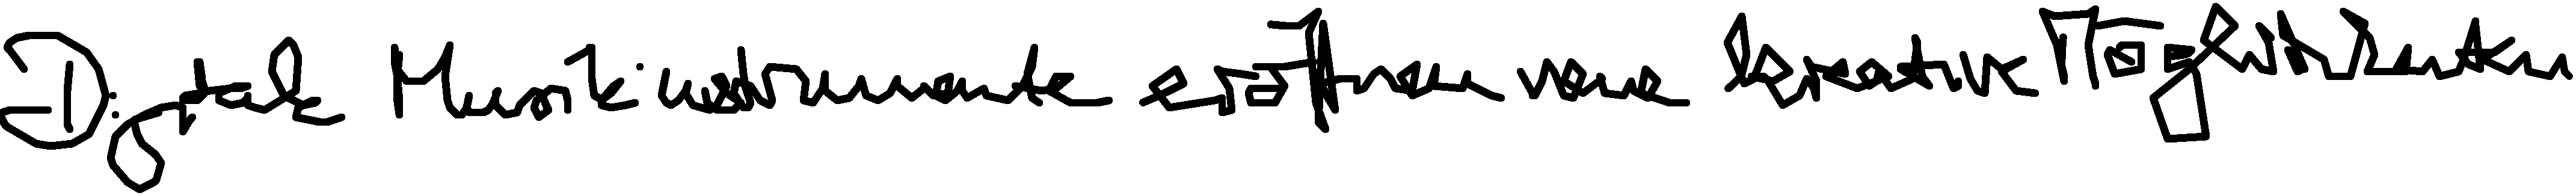
Digitale Musikinstrumente eröffnen neue kreative Möglichkeiten.